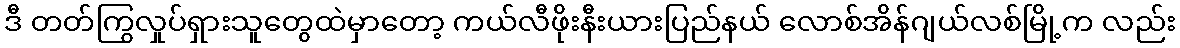
ဒီ တတ်ကြွလှုပ်ရှားသူတွေထဲမှာတော့ ကယ်လီဖိုးနီးယားပြည်နယ် လောစ်အိန်ဂျယ်လစ်မြို့က လည်း